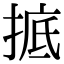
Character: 掋